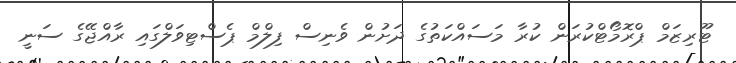
ޓޫރިޒަމް ޕްރޮމޯޓްކުރަން ކުރާ މަސައްކަތުގެ ދަށުން ވެނިސް ފިލްމް ޕެސްޓިވަލްގައި ރާއްޖޭގެ ސަނީ